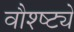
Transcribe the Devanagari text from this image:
वौश्ष्ट्ये